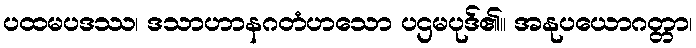
ပထမပဒဿ၊ ဒသာဟာနဂတံဟသော ပဌမပုဒ်၏။ အနုပယောဂတ္တာ၊